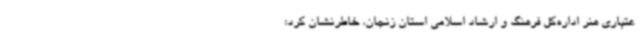
عتباری هنر اداره‌کل فرهنگ و ارشاد اسلامی استان زنجان، خاطرنشان کرد: